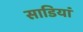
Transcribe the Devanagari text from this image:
साडियां